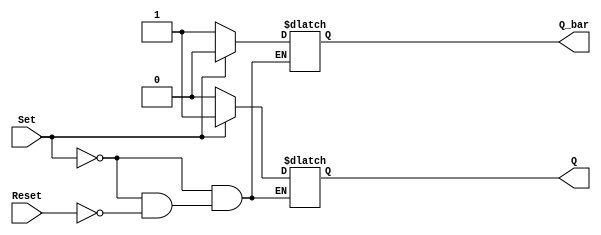
module async_sr_ff (
    input Set,
    input Reset,
    output reg Q,
    output reg Q_bar
);

always @(*)
begin
    if (Set)
    begin
        Q = 1;
        Q_bar = 0;
    end
    else if (Reset)
    begin
        Q = 0;
        Q_bar = 1;
    end
end

endmodule